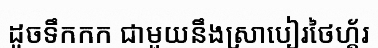
ដូចទឹកកក ជាមួយនឹងស្រាបៀរថៃហ្គ័រ